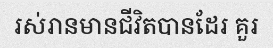
រស់រានមានជីវិតបានដែរ គួរ